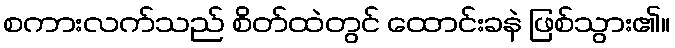
စကားလက်သည် စိတ်ထဲတွင် ထောင်းခနဲ ဖြစ်သွား၏။